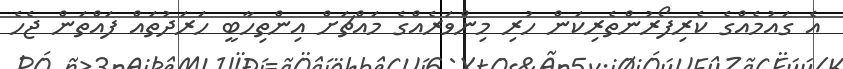
އެ ގައުމެއްގެ ކެރިފޯރުންތެރިކަން ހުރި މިންވަރެއްގެ މައްޗަށް އިންތިހާބީ ހަރަދުތައް ފައްތަން ޖެހެ